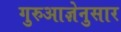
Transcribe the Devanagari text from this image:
गुरुआज्ञेनुसार